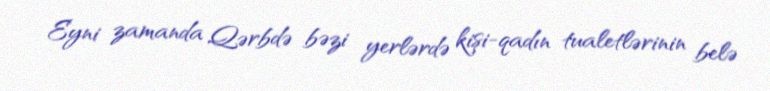
Eyni zamanda Qərbdə bəzi yerlərdə kişi-qadın tualetlərinin belə